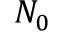
N _ { 0 }